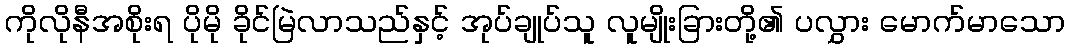
ကိုလိုနီအစိုးရ ပိုမို ခိုင်မြဲလာသည်နှင့် အုပ်ချုပ်သူ လူမျိုးခြားတို့၏ ပလွှား မောက်မာသော